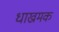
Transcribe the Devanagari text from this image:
धाख्रमक